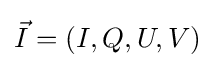
{\vec {I}}=(I,Q,U,V)